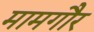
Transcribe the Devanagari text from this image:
मामगौर